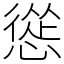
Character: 慫